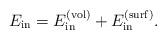
LaTeX: \begin{align*}E_{{\rm in}}=E_{{\rm in}}^{({\rm vol})}+E_{{\rm in}}^{({\rm surf})}.\end{align*}